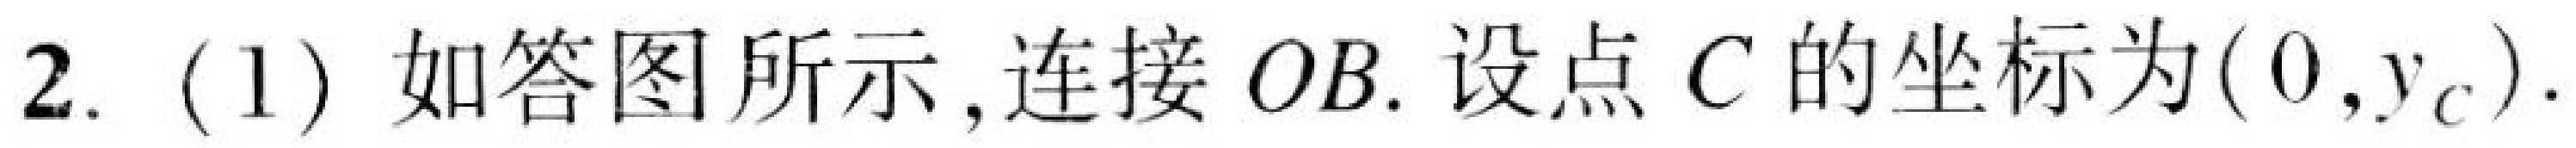
2. (1) 如答图所示,连接 \(OB\). 设点 \(C\) 的坐标为\((0,y_{C})\).